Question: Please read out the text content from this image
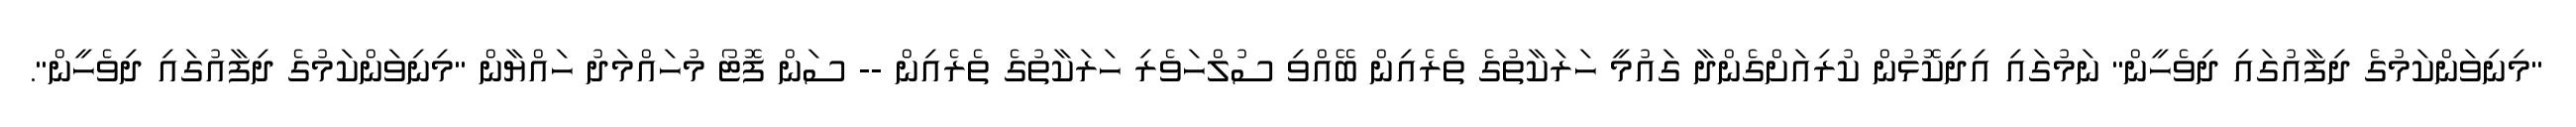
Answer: "މިނިވަންކަމުގެ ދިފާއުގައި ދިވެހީން" ނަމުގައި އިދިކޮޅުން ކުރިއަށްގެންދާ ގައުމީ ހަރަކާތުގެ ތެރެއިން ބޭއްވި ސުލްހަވެރި ހަރަކާތުގެ ތެރެއިން -- ސަން ފޮޓޯ މުހައްމަދު ހައްޔާން "މިނިވަންކަމުގެ ދިފާއުގައި ދިވެހީން".